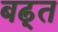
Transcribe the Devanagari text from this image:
बढ़्त